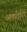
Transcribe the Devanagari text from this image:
आर्काइविंग